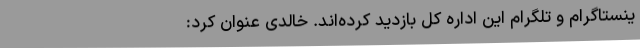
ینستاگرام و تلگرام این اداره کل بازدید کرده‌اند. خالدی عنوان کرد: